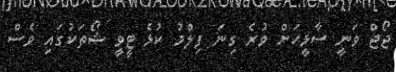
ޖޯޖް ވަނީ ސާޅީހަށް ވުރެ ގިނަ ފިލްމު ކުޅެ ޓީވީ ޝޯތަކުގައި ވެސް